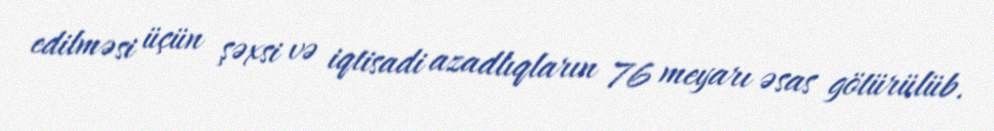
edilməsi üçün şəxsi və iqtisadi azadlıqların 76 meyarı əsas götürülüb.